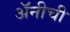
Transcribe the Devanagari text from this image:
अॅनीची